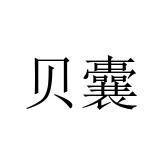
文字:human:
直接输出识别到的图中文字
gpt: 贝囊